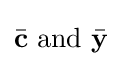
{\bar {\mathbf {c} }}{\text{ and }}{\bar {\mathbf {y} }}